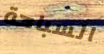
السباحة